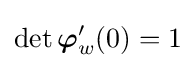
\det {\boldsymbol {\varphi }}_{w}'(0)=1